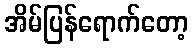
အိမ်ပြန်ရောက်တော့